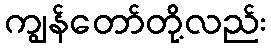
ကျွန်တော်တို့လည်း